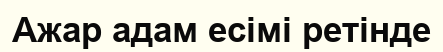
Ажар адам есімі ретінде